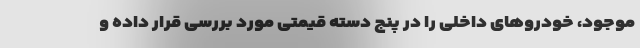
موجود، خودروهای داخلی را در پنج دسته قیمتی مورد بررسی قرار داده و